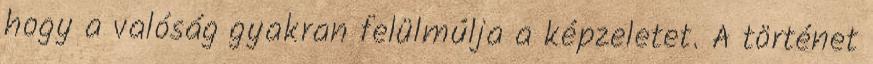
hogy a valóság gyakran felülmúlja a képzeletet. A történet